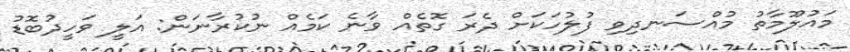
މައުލޫމާތު މުއްސަނދިވި ފުލުހަކަށް ދެރަ ގޮތެއް ވާނެ ކަމެއް ނުކުރާނަން: އަލީ ވަހީދުބޮޑު